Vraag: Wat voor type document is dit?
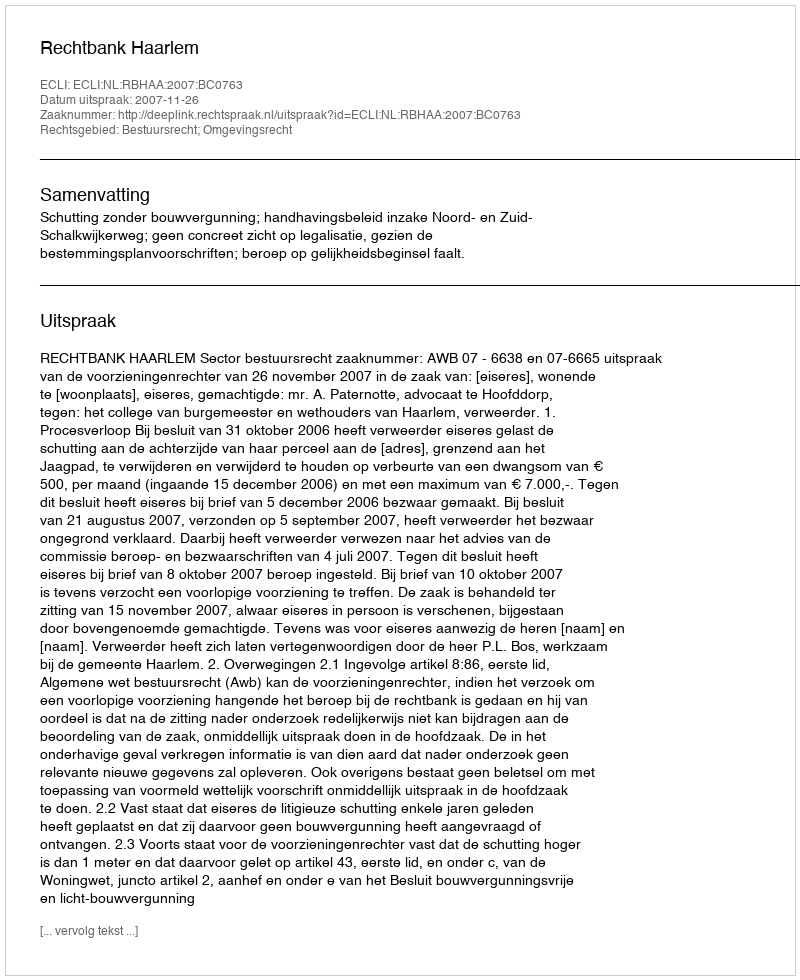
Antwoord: Uitspraak